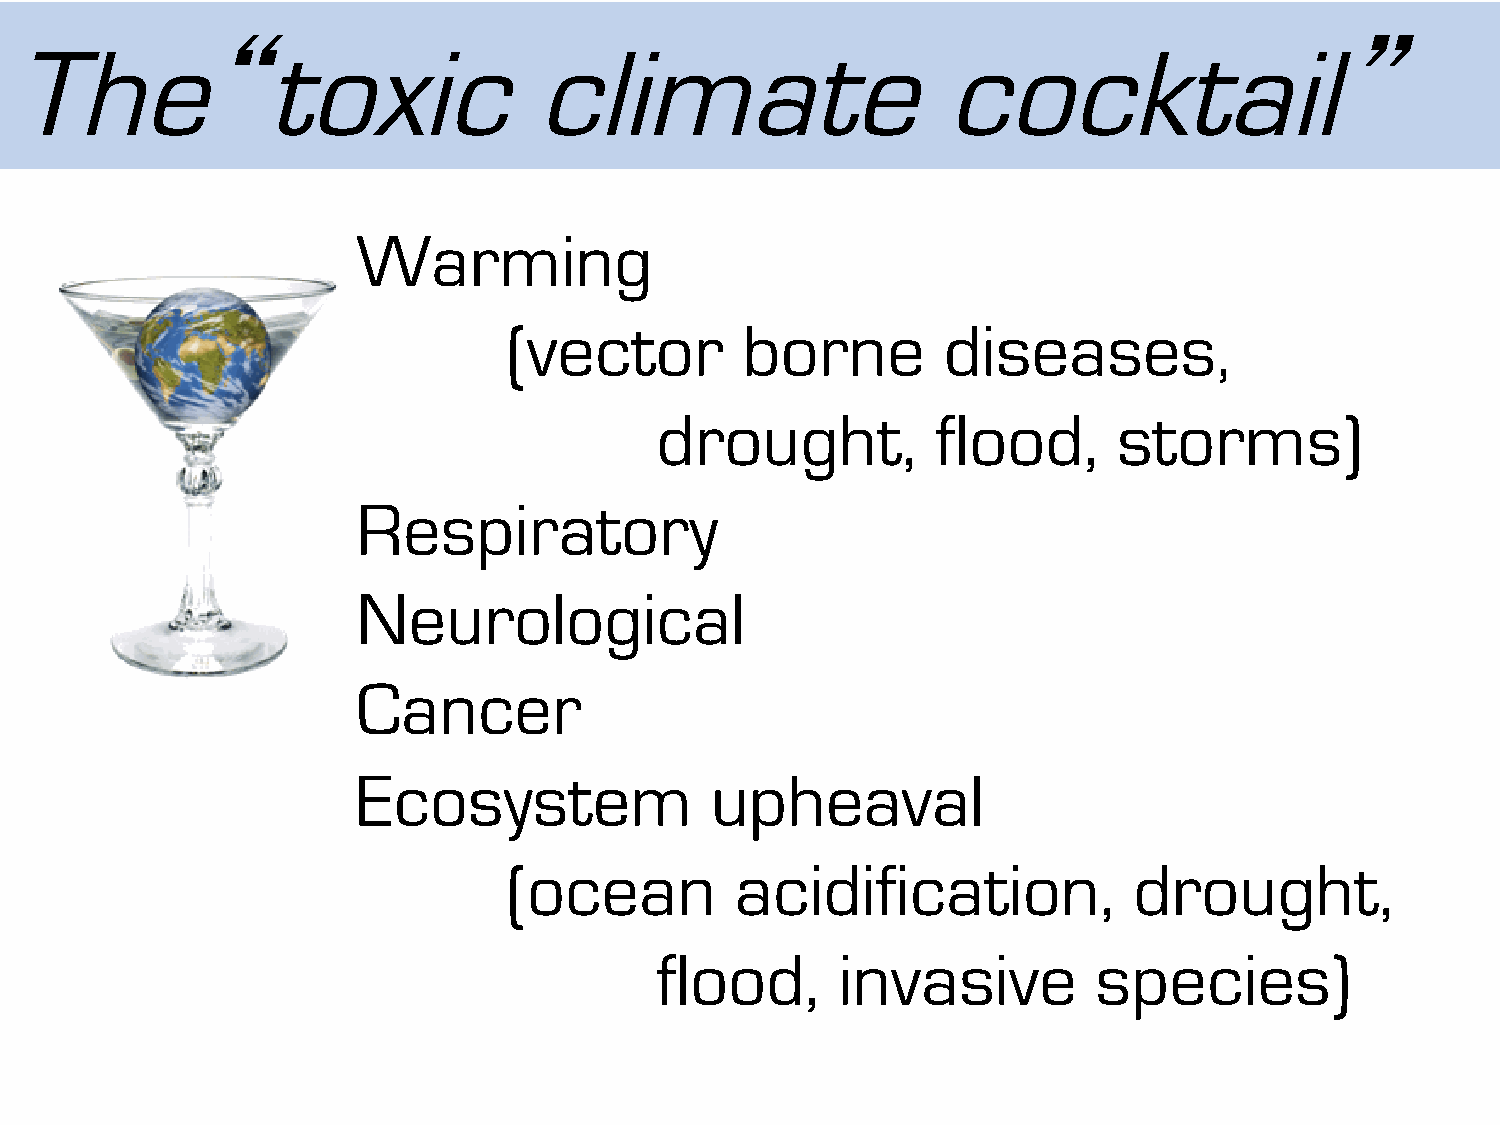
“                                                                          ”
 The             toxic             climate                    cocktail
 Warming
 (vector        borne        diseases,
 drought,           flood,      storms)
 Respiratory
 Neurological
 Cancer
 Ecosystem              upheaval
 (ocean         acidification,            drought,
 flood,      invasive          species)